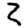
Digit: 2